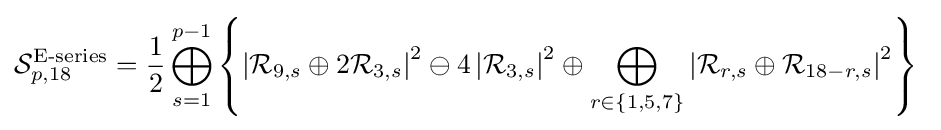
{\mathcal {S}}_{p,18}^{\text{E-series}}={\frac {1}{2}}\bigoplus _{s=1}^{p-1}\left\{\left|{\mathcal {R}}_{9,s}\oplus 2{\mathcal {R}}_{3,s}\right|^{2}\ominus 4\left|{\mathcal {R}}_{3,s}\right|^{2}\oplus \bigoplus _{r\in \{1,5,7\}}\left|{\mathcal {R}}_{r,s}\oplus {\mathcal {R}}_{18-r,s}\right|^{2}\right\}\